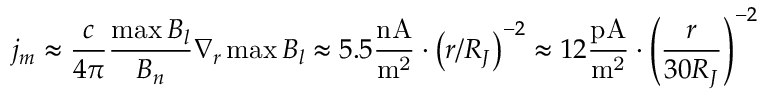
j _ { m } \approx \frac { c } { { 4 \pi } } \frac { { \operatorname* { m a x } B _ { l } } } { { B _ { n } } } \nabla _ { r } \operatorname* { m a x } B _ { l } \approx 5 . 5 \frac { { \mathrm { n A } } } { { \mathrm { m } ^ { \mathrm { 2 } } } } \cdot \left( { r / R _ { J } } \right) ^ { - 2 } \approx 1 2 \frac { { \mathrm { p A } } } { { \mathrm { m } ^ { \mathrm { 2 } } } } \cdot \left( { \frac { r } { { 3 0 R _ { J } } } } \right) ^ { - 2 }